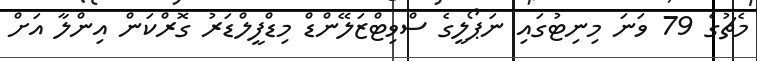
މެޗުގެ 79 ވަނަ މިނިޓުގައި ނަޕޯލީގެ ސްވިޓްޒަލޭންޑް މިޑްފީލްޑަރު ގޮރްކަން އިންލާ އަށް